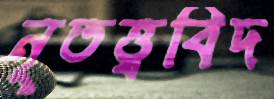
নৃতত্ত্ববিদ